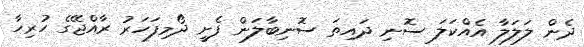
ދެން ލަލަލާ އެއްކަލަ ސޮނި ދައިތަ ސޮނިބާލަން ފެށީ ދޯމިފަހަރު ރާއްޖޭގެ ހުރިހާ